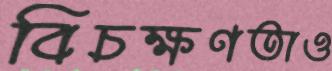
বিচক্ষণতাও